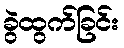
ခွဲထွက်ခြင်း